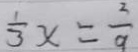
\frac { 1 } { 3 } x = \frac { 3 } { 9 }